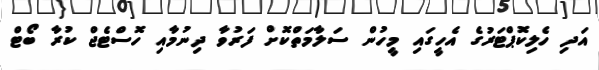
އަދި ހެލިކޮޕްޓަރުގެ އެހީގައި މީހުން ސަލާމަތްކޮށް ފަރުވާ ދިނުމާއި ހޮސްޓެޖް ކުރާ ބޯޓް